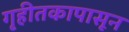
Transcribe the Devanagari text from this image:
गृहीतकापासून